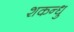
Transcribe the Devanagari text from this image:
शकन्धु